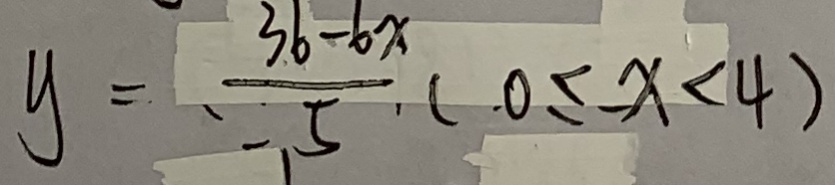
y = \frac { 3 6 - 6 x } { 5 } ( 0 \leq - x < 4 )